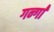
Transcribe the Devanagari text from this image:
गन्गा॑